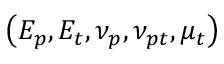
\left( E _ { p } , E _ { t } , \nu _ { p } , \nu _ { p t } , \mu _ { t } \right)